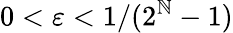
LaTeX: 0<\varepsilon<1/(2^{\mathbb{N}}-1)